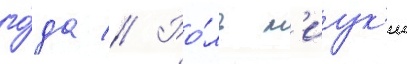
го́да // Ро́ль м'иук'и